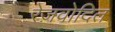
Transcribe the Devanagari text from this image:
रेज़वोदित